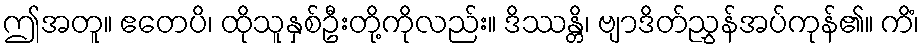
ဤအတူ။ ဧတေပိ၊ ထိုသူနှစ်ဦးတို့ကိုလည်း။ ဒိဿန္တိ၊ ဗျာဒိတ်ညွှန်အပ်ကုန်၏။ ကိံ၊